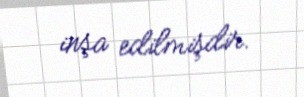
inşa edilmişdir.